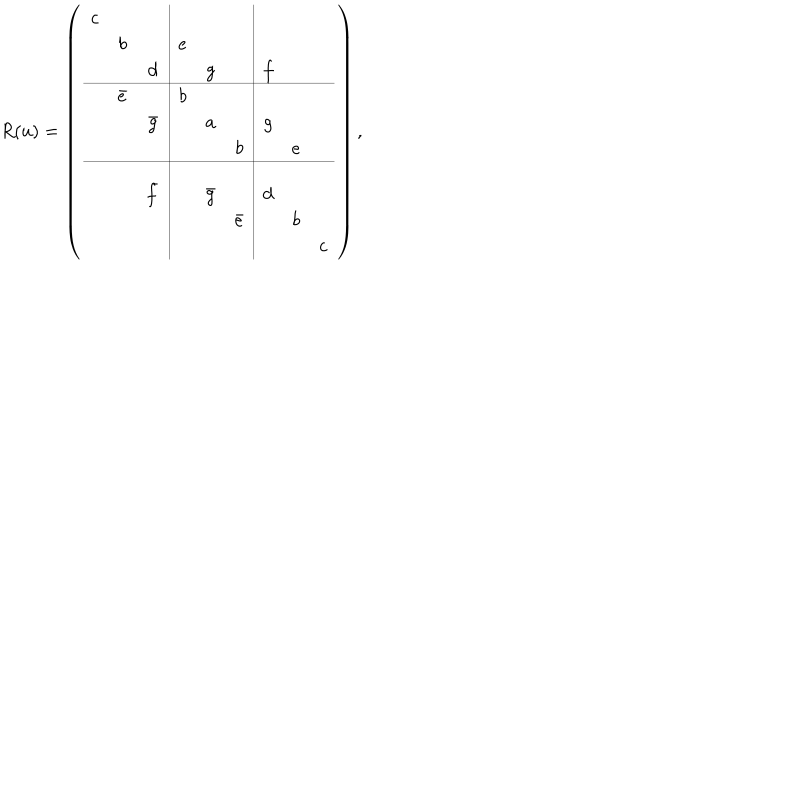
R ( u ) = \left( \begin{array} { c c c | c c c | c c c } { { c } } & { { } } & { { } } & { { } } & { { } } & { { } } & { { } } & { { } } & { { } } \\ { { } } & { { b } } & { { } } & { { e } } & { { } } & { { } } & { { } } & { { } } & { { } } \\ { { } } & { { } } & { { d } } & { { } } & { { g } } & { { } } & { { f } } & { { } } & { { } } \\ \hline { { } } & { { \bar { e } } } & { { } } & { { b } } & { { } } & { { } } & { { } } & { { } } & { { } } \\ { { } } & { { } } & { { \bar { g } } } & { { } } & { { a } } & { { } } & { { g } } & { { } } & { { } } \\ { { } } & { { } } & { { } } & { { } } & { { } } & { { b } } & { { } } & { { e } } & { { } } \\ \hline { { } } & { { } } & { { } } & { { } } & { { } } & { { } } & { { } } & { { } } & { { } } \\ { { } } & { { } } & { { \bar { f } } } & { { } } & { { \bar { g } } } & { { } } & { { d } } & { { } } & { { } } \\ { { } } & { { } } & { { } } & { { } } & { { } } & { { \bar { e } } } & { { } } & { { b } } & { { } } \\ { { } } & { { } } & { { } } & { { } } & { { } } & { { } } & { { } } & { { } } & { { c } } \\ \end{array} \right) ,